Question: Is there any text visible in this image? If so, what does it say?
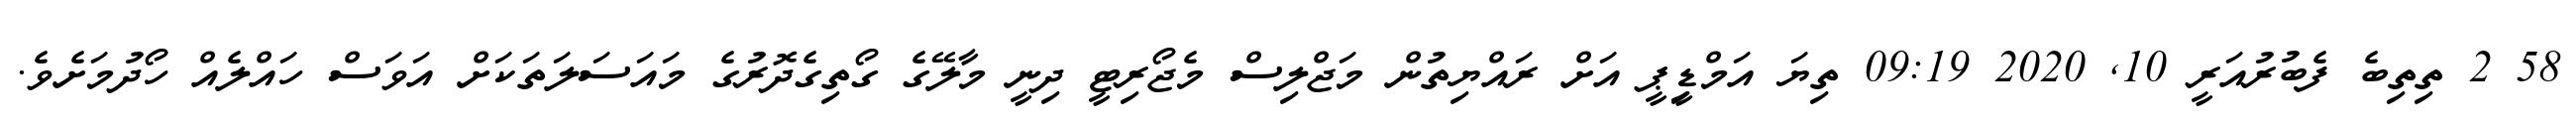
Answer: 58 2 ތިތިބެ ފެބުރުއަރީ 10, 2020 09:19 ތިޔަ އަމްޑިީޕީ އަށް ރައްޔިތުން މަޖްލިސް މެޖޯރިޓީ ދިނީ މާލޭގެ ގޯތިގެދޮރުގެ މައަސަލަތަކަށް އަވަސް ހައްލެއް ހޯދުމަށެވެ.